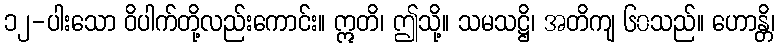
၁၂-ပါးသော ဝိပါက်တို့လည်းကောင်း။ ဣတိ၊ ဤသို့။ သမသဋ္ဌိ၊ အတိကျ ၆၀သည်။ ဟောန္တိ၊